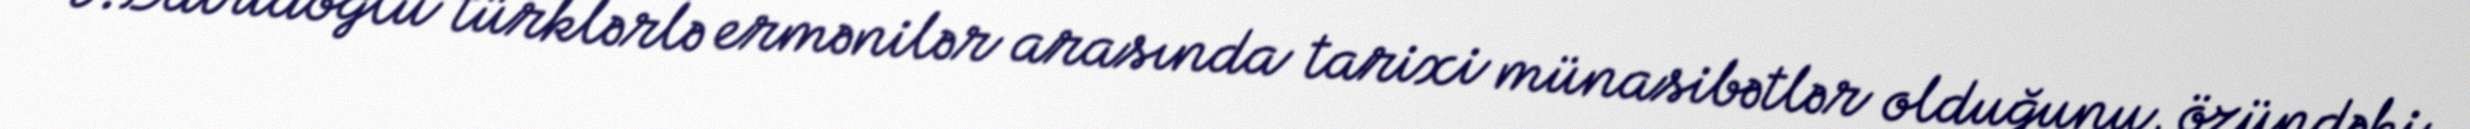
Ə.Davudoğlu türklərlə ermənilər arasında tarixi münasibətlər olduğunu, özündəki